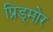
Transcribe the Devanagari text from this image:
प्रिड्मोर